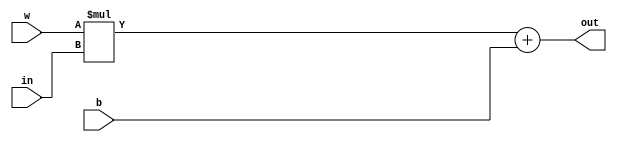
`timescale 1ns / 1ps
//////////////////////////////////////////////////////////////////////////////////
// Company: 
// Engineer: 
// 
// Design Name: 
// Module Name:    MAC 
// Project Name: 
// Target Devices: 
// Tool versions: 
// Description: 
//
// Dependencies: 
//
// Revision: 
// Revision 0.01 - File Created
// Additional Comments: 
//
//////////////////////////////////////////////////////////////////////////////////
module mac(
    input [7:0] in,
    input [7:0] w,
    input [7:0] b,
    output [15:0] out
    );

wire [15:0] d;

assign d = w * in;

assign out = d + b;
 

endmodule